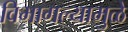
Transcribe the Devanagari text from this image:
विभागल्यामुळे